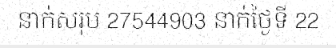
នាក់សរុប 27544903 នាក់ថ្ងៃទី 22